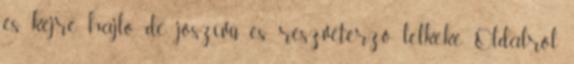
és kéjre hajló, de jószívű és részvétérző lelkeké. Oldalról